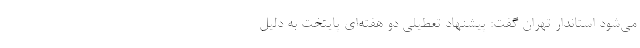
می‌شود استاندار تهران گفت: پیشنهاد تعطیلی دو هفته‌ای پایتخت به دلیل